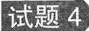
试题4